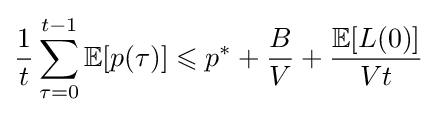
{\frac {1}{t}}\sum _{\tau =0}^{t-1}\mathbb {E} [p(\tau )]\leqslant p^{*}+{\frac {B}{V}}+{\frac {\mathbb {E} [L(0)]}{Vt}}